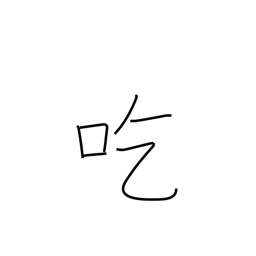
Meaning: stammer